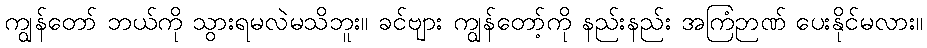
ကျွန်တော် ဘယ်ကို သွားရမလဲမသိဘူး။ ခင်ဗျား ကျွန်တော့်ကို နည်းနည်း အကြံဉာဏ် ပေးနိုင်မလား။